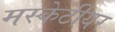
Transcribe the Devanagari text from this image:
मस्केटीयर